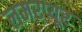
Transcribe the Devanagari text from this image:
लमरप्यूर